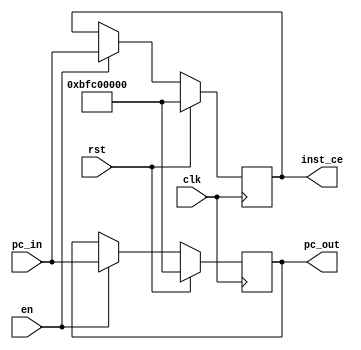
`timescale 1ns / 1ps
//////////////////////////////////////////////////////////////////////////////////
// Company: 
// Engineer: 
// 
// Design Name: 
// Module Name: pc
// Project Name: 
// Target Devices: 
// Tool Versions: 
// Description: 
// 
// Dependencies: 
// 
// Revision:
// Revision 0.01 - File Created
// Additional Comments:
// 
//////////////////////////////////////////////////////////////////////////////////


module pc(
    input clk,
    input rst,en,
    input [31:0] pc_in,
    output reg [31:0] pc_out,
    output reg [31:0] inst_ce
    );

    initial begin
        pc_out = 32'hbfc00000;
        inst_ce = 32'hbfc00000;
    end

    always@(posedge clk) begin
        if(rst) begin
            pc_out <= 32'hbfc00000;
            inst_ce <= 32'hbfc00000;
        end
        else if(en) begin
            pc_out <= pc_in;
            inst_ce <= pc_in;
        end
    end
endmodule